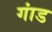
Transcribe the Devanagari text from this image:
गांड